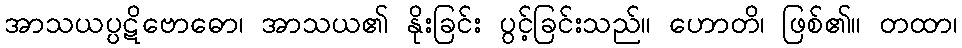
အာသယပ္ပဋိဗောဓော၊ အာသယ၏ နိုးခြင်း ပွင့်ခြင်းသည်။ ဟောတိ၊ ဖြစ်၏။ တထာ၊